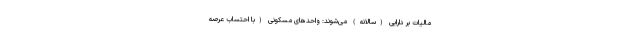
مالیات بر دارایی (سالانه) می‌شوند: واحدهای مسکونی (با احتساب عرصه